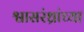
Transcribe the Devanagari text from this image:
श्वासरंध्रांच्या